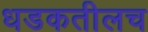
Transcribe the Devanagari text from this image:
धडकतीलच